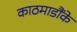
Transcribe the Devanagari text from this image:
काठमाडौंके